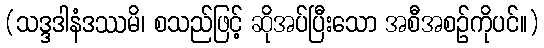
(သဒ္ဒဒါနံဒဿမိ၊ စသည်ဖြင့် ဆိုအပ်ပြီးသော အစီအစဉ်ကိုပင်။)